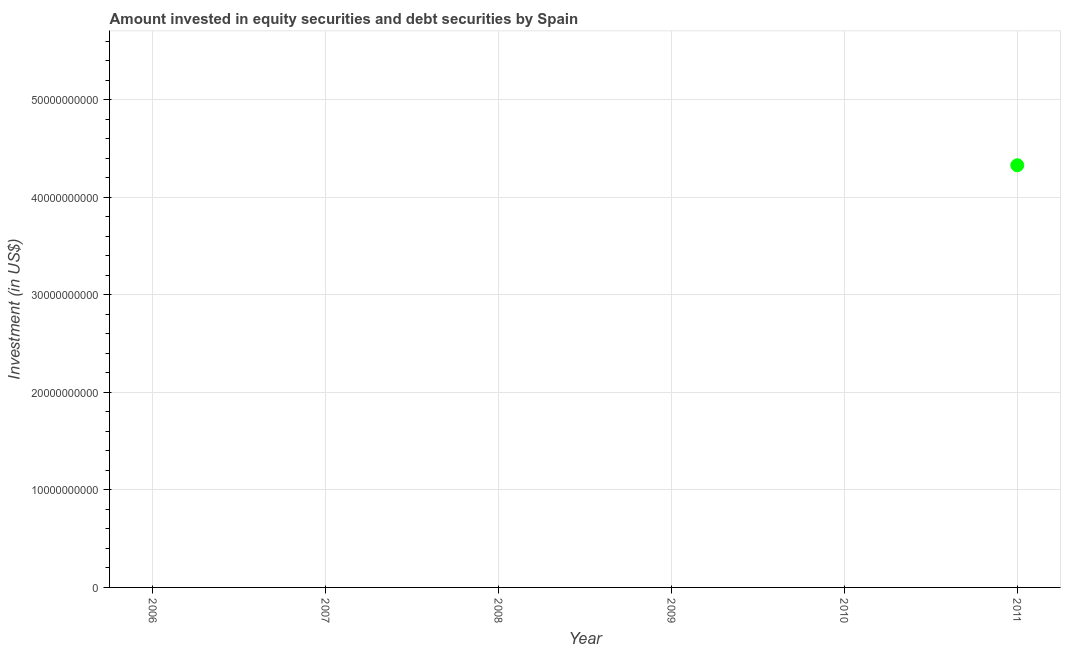
| Year | Portfolio Investment |
 | --- | --- |
 | 2006 | -2.32e+11 |
 | 2007 | -1.18e+11 |
 | 2008 | -4.29e+09 |
 | 2009 | -7.29e+10 |
 | 2010 | -4.64e+10 |
 | 2011 | 4.33e+10 |